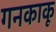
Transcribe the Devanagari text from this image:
गनकाकू